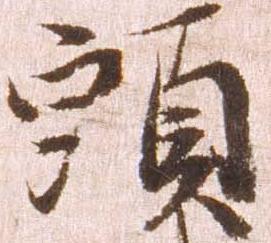
頭